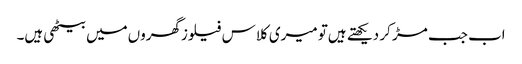
اب جب مڑ کر دیکھتے ہیں‌تو میری کلاس فیلوزگھروں‌میں‌بیٹھی ہیں۔